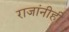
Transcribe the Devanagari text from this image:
राजांनीही